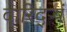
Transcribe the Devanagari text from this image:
दारिद्ऱ्यं